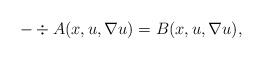
\begin{align*}-\div A(x,u,\nabla u) = B(x,u,\nabla u),\end{align*}